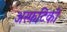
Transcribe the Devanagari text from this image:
अस्फटिकी